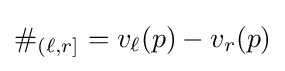
\#_{(\ell ,r]}=v_{\ell }(p)-v_{r}(p)